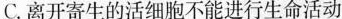
C.离开寄生的活细胞不能进行生命活动